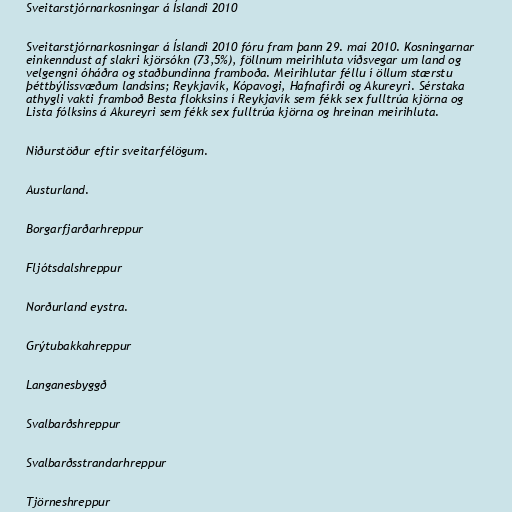
Sveitarstjórnarkosningar á Íslandi 2010

Sveitarstjórnarkosningar á Íslandi 2010 fóru fram þann 29. maí 2010. Kosningarnar
einkenndust af slakri kjörsókn (73,5%), föllnum meirihluta víðsvegar um land og
velgengni óháðra og staðbundinna framboða. Meirihlutar féllu í öllum stærstu
þéttbýlissvæðum landsins; Reykjavík, Kópavogi, Hafnafirði og Akureyri. Sérstaka
athygli vakti framboð Besta flokksins í Reykjavík sem fékk sex fulltrúa kjörna og
Lista fólksins á Akureyri sem fékk sex fulltrúa kjörna og hreinan meirihluta.

Niðurstöður eftir sveitarfélögum.

Austurland.

Borgarfjarðarhreppur

Fljótsdalshreppur

Norðurland eystra.

Grýtubakkahreppur

Langanesbyggð

Svalbarðshreppur

Svalbarðsstrandarhreppur

Tjörneshreppur